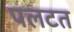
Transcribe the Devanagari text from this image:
पलटत